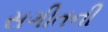
સગીતની